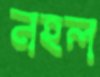
নহল